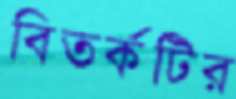
বিতর্কটির